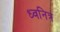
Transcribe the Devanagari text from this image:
ध्वनित्र